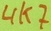
Text: 4K7